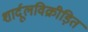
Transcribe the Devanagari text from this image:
शार्दूलविक्रीड़ित